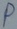
Text: P